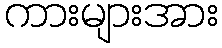
ကားများအား